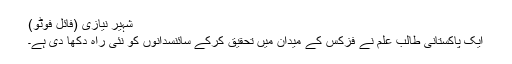
شہیر نیازی (فائل فوٹو)
ایک پاکستانی طالب علم نے فزکس کے میدان میں تحقیق کرکے سائنسدانوں کو نئی راہ دکھا دی ہے۔